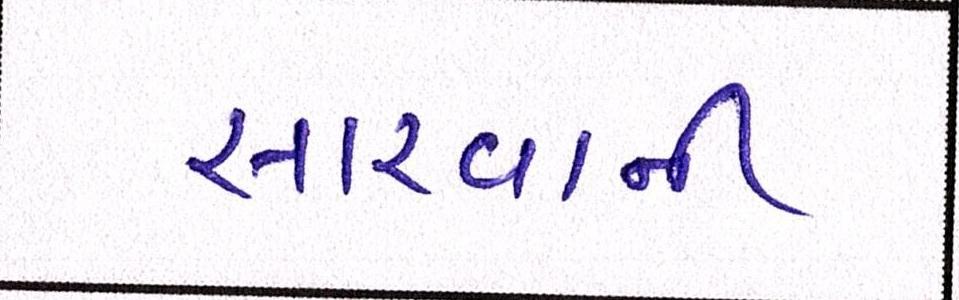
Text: સારવાની